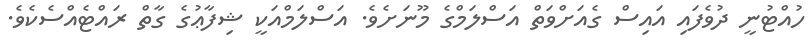
ހުއްޓުނީ ދުވެފައި އައިސް ގެއަށްވަތް އަސްލަމްގެ މޫނަށެވެ. އަސްލަމްއަކީ ޝިފާޢުގެ ގާތް ރައްޓެއްސެކެވެ.